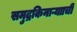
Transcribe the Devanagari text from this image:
समुद्रकिनाऱ्यााची